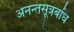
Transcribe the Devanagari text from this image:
अनन्तसूत्रबांध